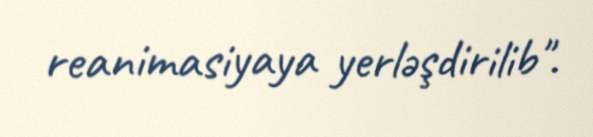
reanimasiyaya yerləşdirilib".